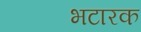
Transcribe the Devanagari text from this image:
भटारक